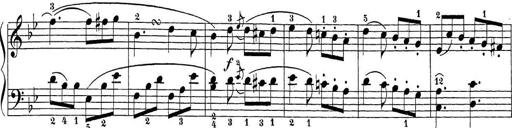
Title: Sonatina Album
Composer: Louis KÃ¶hler